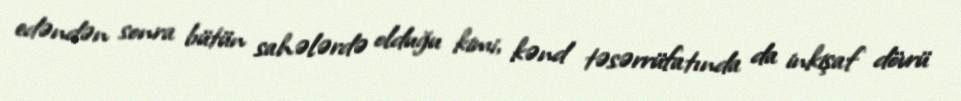
edəndən sonra bütün sahələrdə olduğu kimi, kənd təsərrüfatında da inkişaf dövrü